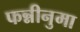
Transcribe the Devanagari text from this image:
फन्नीनुमा